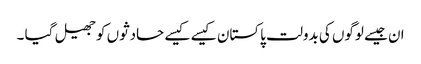
ان جیسے لوگوں کی بدولت پاکستان کیسے کیسے حادثوں کو جھیل گیا ۔